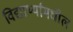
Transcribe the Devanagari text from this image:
विद्यार्थ्यांमधील